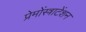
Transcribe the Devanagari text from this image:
प्रेमोंस्त्राटेंशन